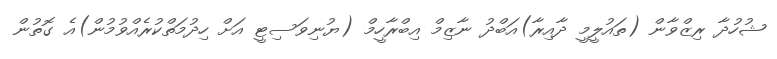
ޝުހުދާ ރިޒްވާން (ތައުލީމީ ދާއިރާ)އަބްދު ނާޒިމް އިބްރާހީމް (ޔުނިވަސިޓީ އަށް ހިދުމަތްކުރެއްވުުމުން)އެ ގޮތުން